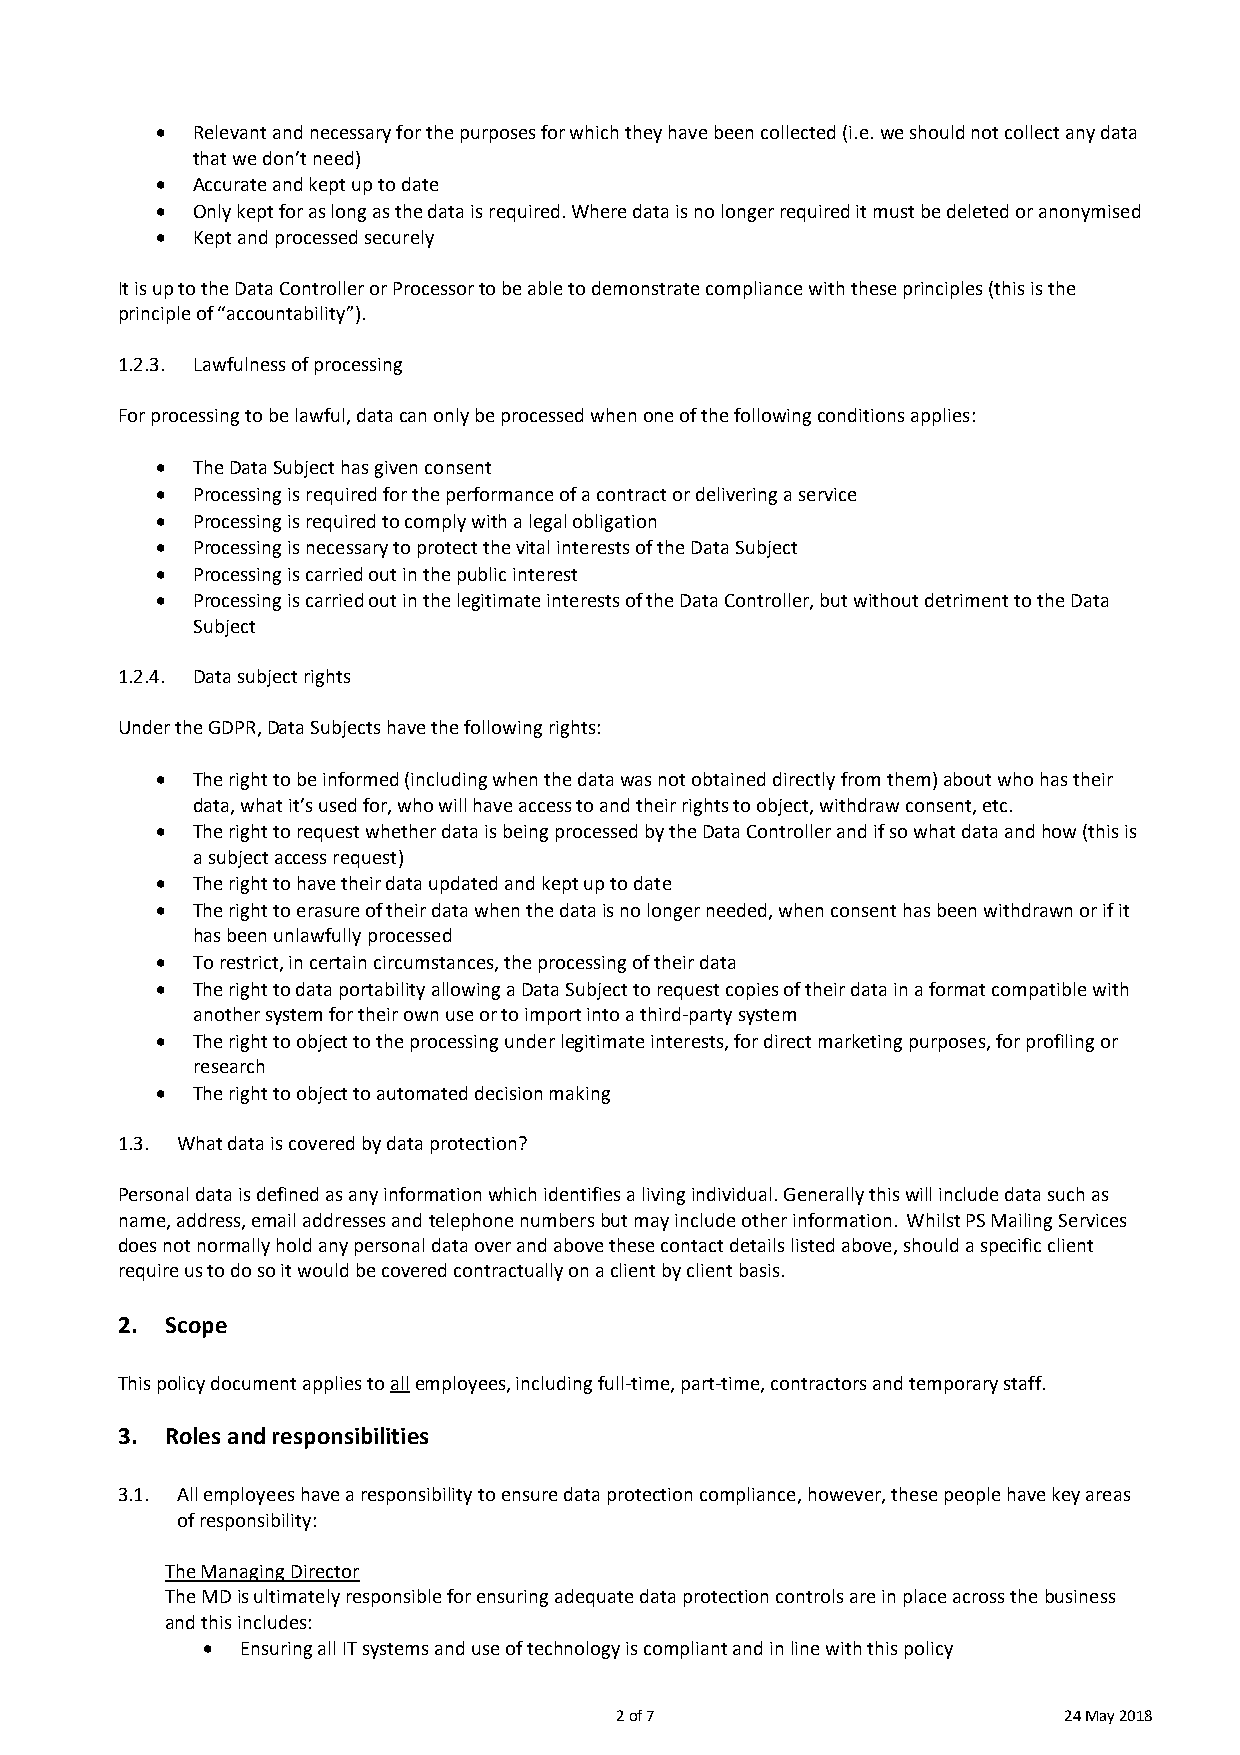
  Relevant and necessary for the purposes for which they have been collected (i.e. we should not collect any data
 that we don’t need)
   Accurate and kept up to date
   Only kept for as long as the data is required. Where data is no longer required it must be deleted or anonymised
   Kept and processed securely
 It is up to the Data Controller or Processor to be able to demonstrate compliance with these principles (this is the
 principle of “accountability”).
 1.2.3. Lawfulness of processing
 For processing to be lawful, data can only be processed when one of the following conditions applies:
   The Data Subject has given consent
   Processing is required for the performance of a contract or delivering a service
   Processing is required to comply with a legal obligation
   Processing is necessary to protect the vital interests of the Data Subject
   Processing is carried out in the public interest
   Processing is carried out in the legitimate interests of the Data Controller, but without detriment to the Data
 Subject
 1.2.4. Data subject rights
 Under the GDPR, Data Subjects have the following rights:
   The right to be informed (including when the data was not obtained directly from them) about who has their
 data, what it’s used for, who will have access to and their rights to object, withdraw consent, etc.
   The right to request whether data is being processed by the Data Controller and if so what data and how (this is
 a subject access request)
   The right to have their data updated and kept up to date
   The right to erasure of their data when the data is no longer needed, when consent has been withdrawn or if it
 has been unlawfully processed
   To restrict, in certain circumstances, the processing of their data
   The right to data portability allowing a Data Subject to request copies of their data in a format compatible with
 another system for their own use or to import into a third-party system
   The right to object to the processing under legitimate interests, for direct marketing purposes, for profiling or
 research
   The right to object to automated decision making
 1.3. What data is covered by data protection?
 Personal data is defined as any information which identifies a living individual. Generally this will include data such as
 name, address, email addresses and telephone numbers but may include other information. Whilst PS Mailing Services
 does not normally hold any personal data over and above these contact details listed above, should a specific client
 require us to do so it would be covered contractually on a client by client basis.
 2. Scope
 This policy document applies to all employees, including full-time, part-time, contractors and temporary staff.
 3. Roles and responsibilities
 3.1. All employees have a responsibility to ensure data protection compliance, however, these people have key areas
 of responsibility:
 The Managing Director
 The MD is ultimately responsible for ensuring adequate data protection controls are in place across the business
 and this includes:
   Ensuring all IT systems and use of technology is compliant and in line with this policy
 2 of 7                       24 May 2018